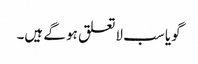
گویا سب لاتعلق ہو گے ہیں۔